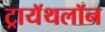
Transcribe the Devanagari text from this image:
ट्रायॅथलॉन